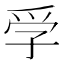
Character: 𡥞